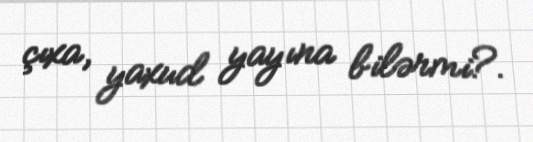
çıxa, yaxud yayına bilərmi?.